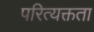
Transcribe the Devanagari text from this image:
परित्यक्तता